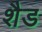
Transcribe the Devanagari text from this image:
शैड